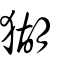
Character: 猢